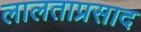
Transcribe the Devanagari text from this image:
लालताप्रसाद